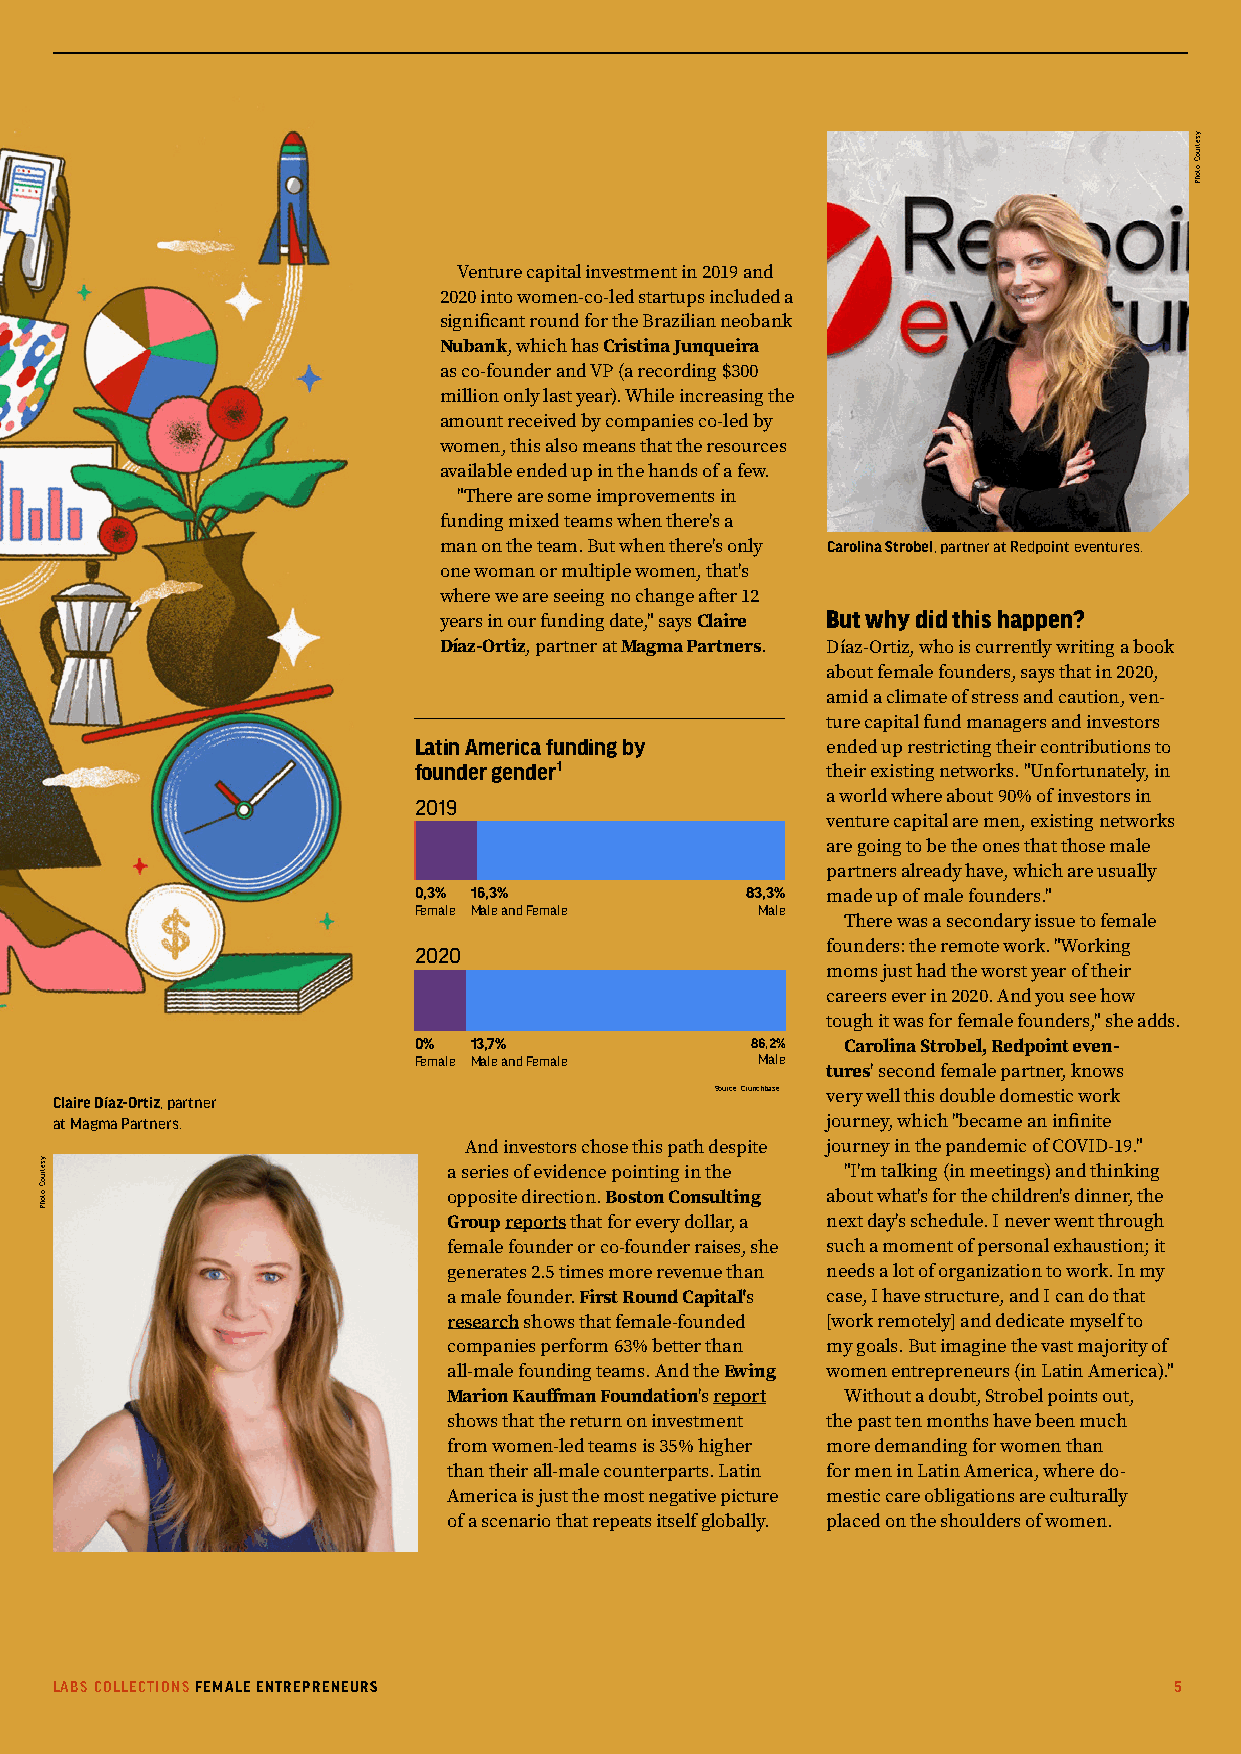
Venture capital investment in 2019 and
 2020 into women-co-led startups included a
 significant round for the Brazilian neobank
 Nubank, which has Cristina Junqueira
 as co-founder and VP (a recording $300
 million only last year). While increasing the
 amount received by companies co-led by
 women, this also means that the resources
 available ended up in the hands of a few.
 "There are some improvements in
 funding mixed teams when there's a
 man on the team. But when there's only CCaarroolliinnaa SSttrroobbeell,, ppaarrttnneerr aatt RReeddppooiinntt eevveennttuurreess..
 one woman or multiple women, that's
 where we are seeing no change after 12
 But why did this happen?
 years in our funding date," says Claire
 Díaz-Ortiz, partner at Magma Partners. Díaz-Ortiz, who is currently writing a book
 about female founders, says that in 2020,
 amid a climate of stress and caution, ven-
 ture capital fund managers and investors
 Latin America funding by    ended up restricting their contributions to
 founder gender1             their existing networks. "Unfortunately, in
 a world where about 90% of investors in
 2019
 venture capital are men, existing networks
 are going to be the ones that those male
 partners already have, which are usually
 0,3% 16,3%            83,3% made up of male founders."
 Female Male and Female Male
 There was a secondary issue to female
 2020                        founders: the remote work. "Working
 moms just had the worst year of their
 careers ever in 2020. And you see how
 tough it was for female founders," she adds.
 0%  13,7%              86,2% Carolina Strobel, Redpoint even-
 Female Male and Female Male
 tures' second female partner, knows
 Claire Díaz-Ortiz, partner                 Source: Crunchbase very well this double domestic work
 at Magma Partners.                                 journey, which "became an infinite
 And investors chose this path despite journey in the pandemic of COVID-19."
 a series of evidence pointing in the "I'm talking (in meetings) and thinking
 opposite direction. Boston Consulting about what's for the children's dinner, the
 Group reports that for every dollar, a next day's schedule. I never went through
 female founder or co-founder raises, she such a moment of personal exhaustion; it
 generates 2.5 times more revenue than needs a lot of organization to work. In my
 a male founder. First Round Capital's case, I have structure, and I can do that
 research shows that female-founded [work remotely] and dedicate myself to
 companies perform 63% better than my goals. But imagine the vast majority of
 all-male founding teams. And the Ewing women entrepreneurs (in Latin America)."
 Marion Kauffman Foundation's report Without a doubt, Strobel points out,
 shows that the return on investment the past ten months have been much
 from women-led teams is 35% higher more demanding for women than
 than their all-male counterparts. Latin for men in Latin America, where do-
 America is just the most negative picture mestic care obligations are culturally
 of a scenario that repeats itself globally. placed on the shoulders of women.
 LABS COLLECTIONS FEMALE ENTREPRENEURS                                      5
 ysetruoC
 :otohP
 ysetruoC
 :otohP